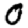
Digit: 0